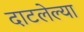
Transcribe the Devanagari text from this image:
दाटलेल्या